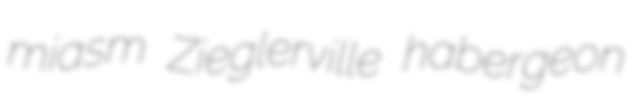
miasm Zieglerville habergeon